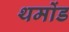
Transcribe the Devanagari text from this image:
थमोंड